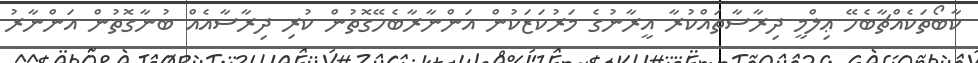
ކާބޯތަކެއްޗާބެހޭ ޢިލްމީ ދިރާސާތައްކުރާ އީރާނުގެ މަރުކަޒަކުން އަންނާރާބެހޭގޮތުން ކުރި ދިރާސާއެއް ބުނާގޮތުން އަންނާރު